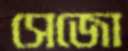
সেজো